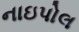
નાઇપોલ